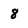
Character: 8